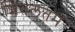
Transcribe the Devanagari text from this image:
शितलतम